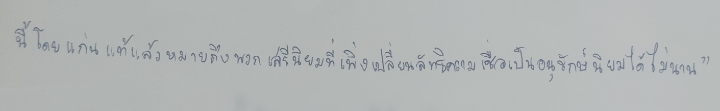
นี้โดยแก่นแท้แล้วหมายถึงพวกเสรีนิยมที่เพิ่งเปลี่ยนลัทธิความเชื่อเป็นอนุรักษ์นิยมได้ไม่นาน"